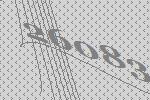
26083